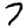
Digit: 7